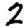
Digit: 2